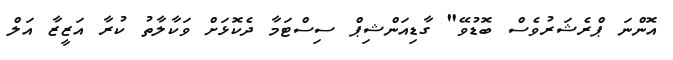
އޮންނަ ޕްރެޝަރުވެސް ބޮޑުވޭ" ގާޑިއަންޝިޕް ސިސްޓަމާ ދެކޮޅަށް ވަކާލާތު ކުރާ އަޒީޒާ އަލް